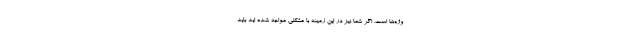
وژه‌ها است. اگر شما نیز در این زمینه با مشکلی مواجه شد‌ه اید باید